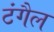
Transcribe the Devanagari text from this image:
टंगैल